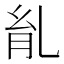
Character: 𦙌